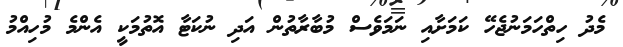
މެދު ހިތްހަމަނުޖެހޭ ކަމަށާއި ނަމަވެސް މުބާރާތުން އަދި ނުކަޓާ އޮތުމަކީ އެންމެ މުހިއްމު